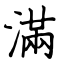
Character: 滿